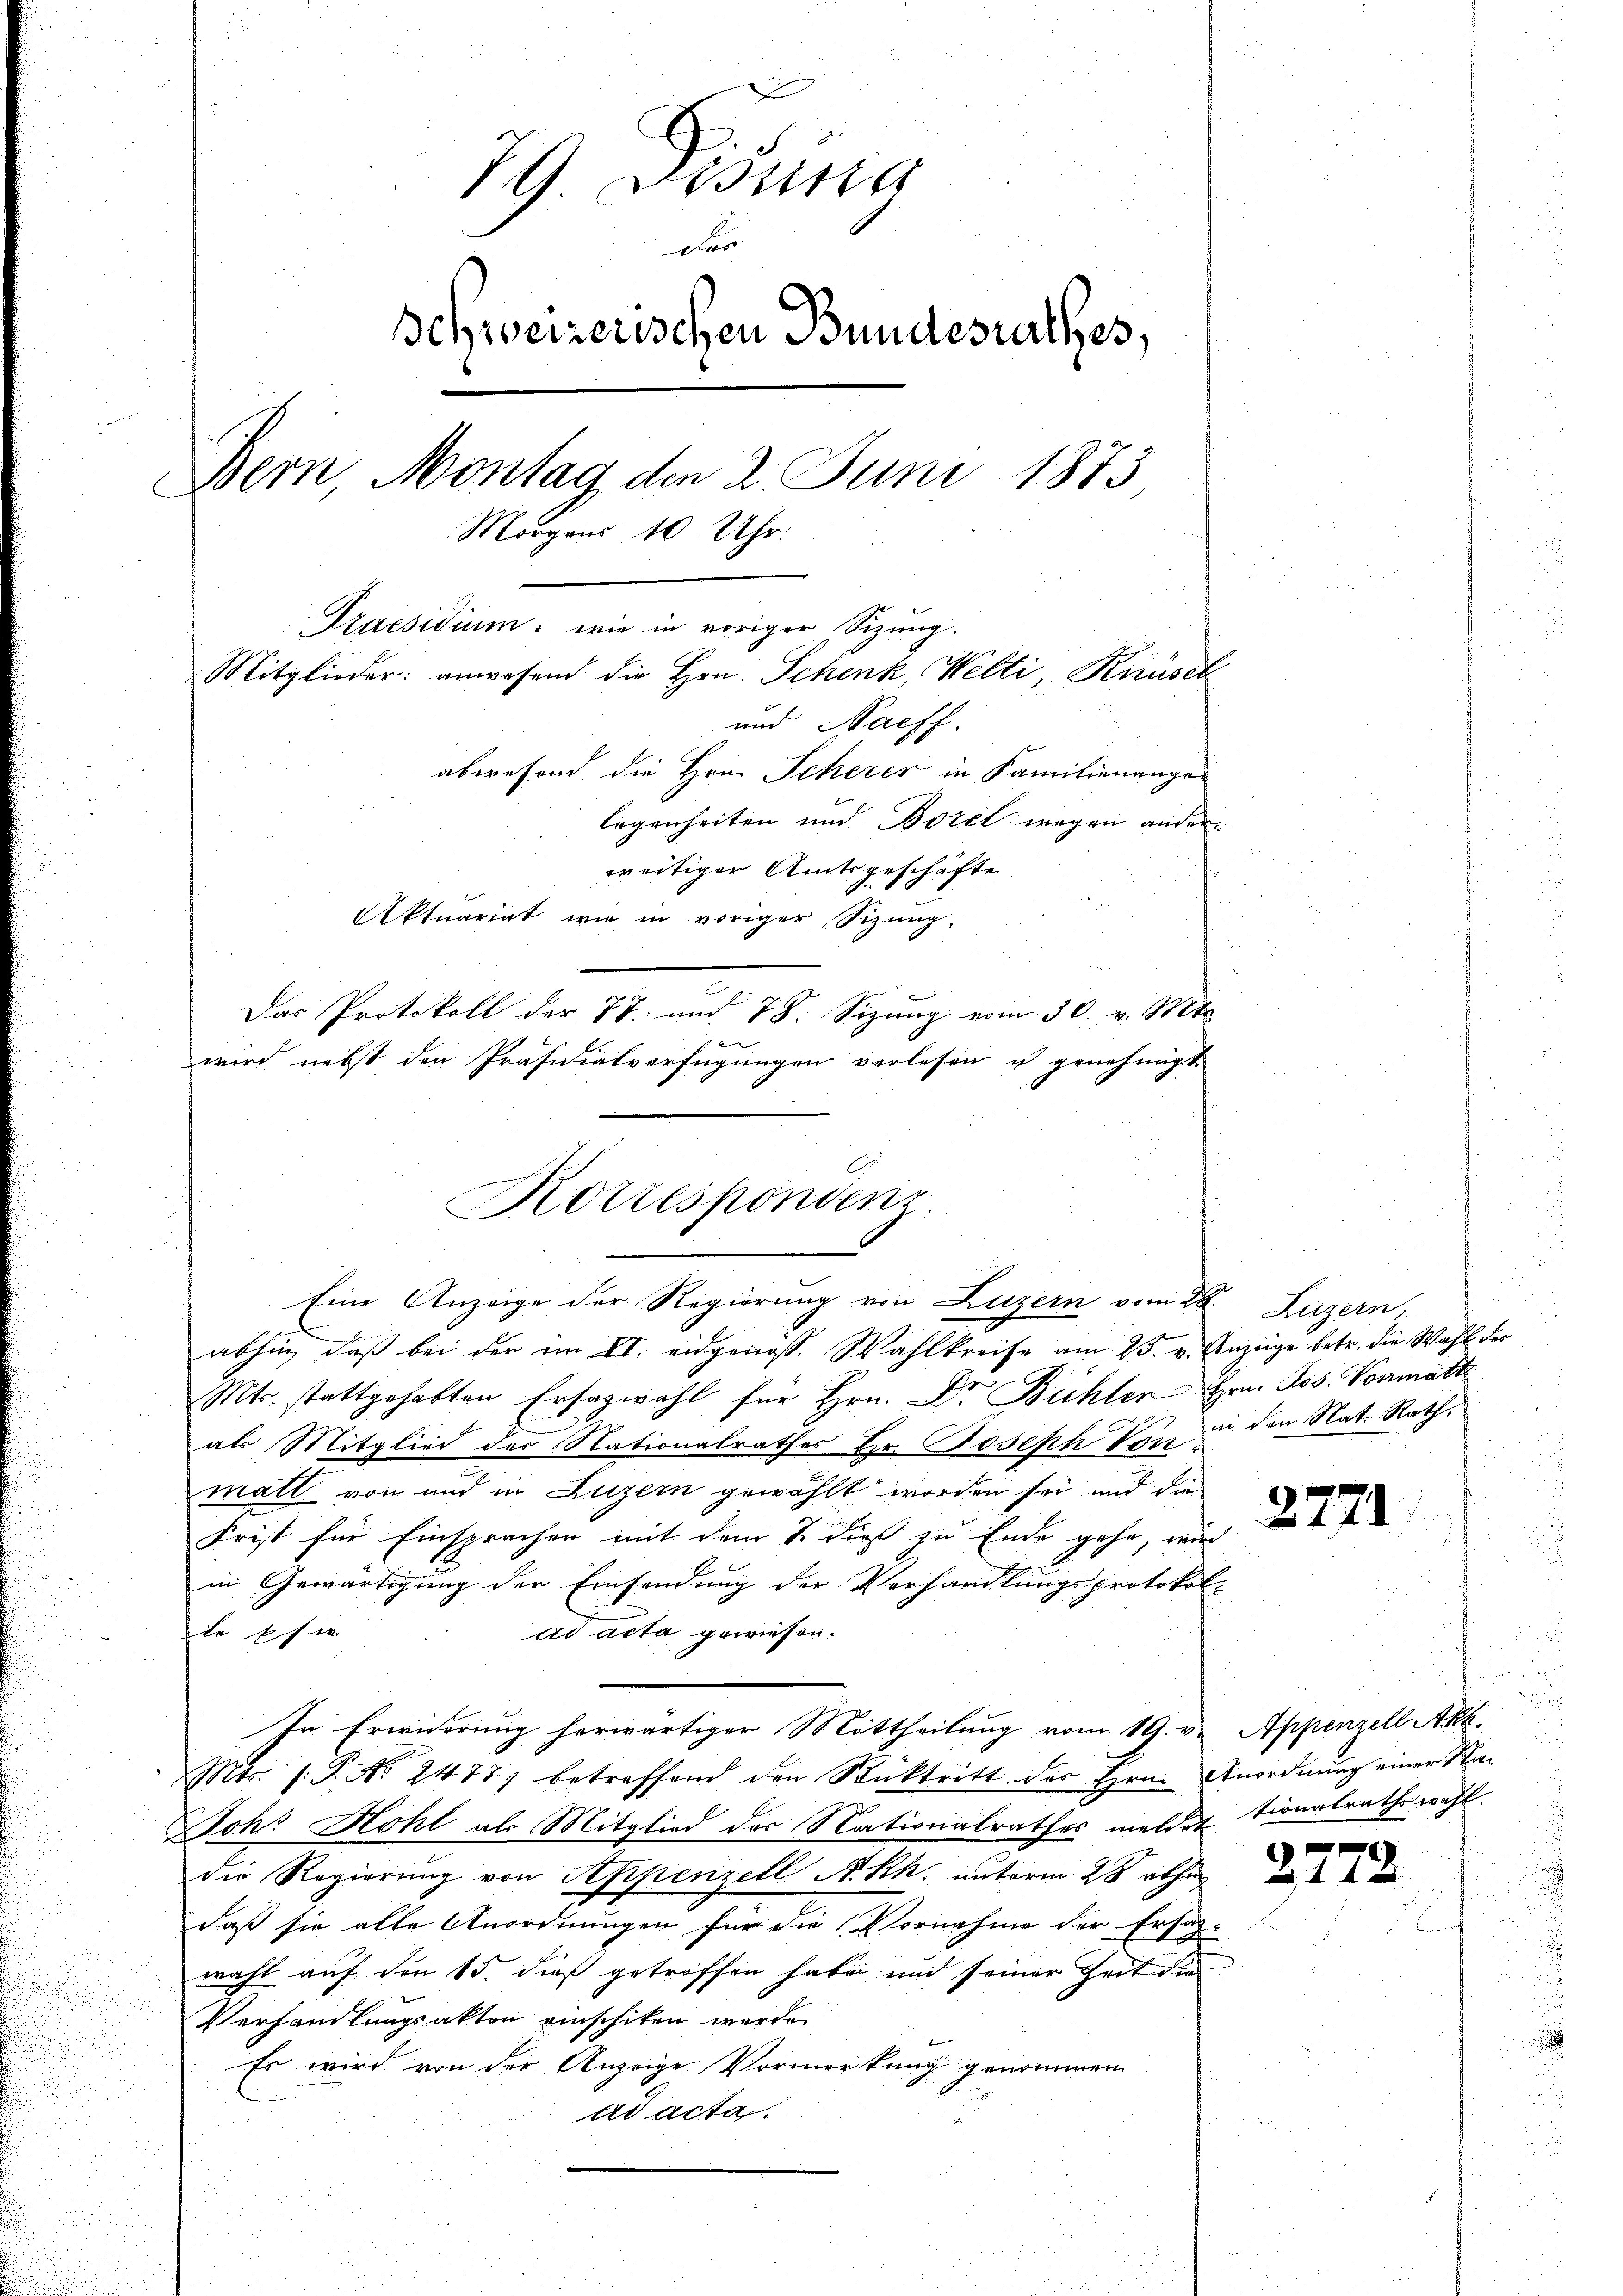
7 Bestit
o
schweizerischen Bundesrathes,
Bern, Montag den 2. Juni 1873
E
Morgens 10 Uhr.
Praesidium: wie in voriger Sizung.
Mitglieder: anwesend die Hrn. Schenk, Welti, Knüsel
und Nachf
abwesend die Hrn. Scherer in Familienangen
legenheiten und Borel wegen anderweitiger Amtsgeschäfte
Aktuariat wie in voriger Sizung.
Das Protokoll der 77. und 78. Sizŭng vom 30. v. Mts.
wird nebst den Präsidialverfügungen verlesen u genehmigt

Korrespondenz.
Eine Anzeige der Regierung von Luzern vom 28. Luzern,

.
abhin, daß bei der im II. eidgenöss. Wahlkreise am 23. v. Anzüge betr. die Wahl der
Mts. stattgehabten Ersazwahl für Hrn. Dr Bühlen Hrn. Jos. Vormatt
als Mitglied der Nationalrathes Hr. Joseph von in den Nat. Rathmall von und in Luzern gewählt worden sei und die
Frist für Einsprachen mit dem u dieß zu Ende gehe, wir
in Gewärtigung der Einsendung der Verhandlungsprotokol
ad acta gewiesen.
ie sie
In Erwiderung herwärtiger Mittheilung vom 19. v.
Mts. 1. P. No 2477) betreffend den Rücktritt des Hrn. Anordnung einer Sta¬
Sohr Hohl als Mitglied des Nationalrathes meldet tionalrathswahl.
die Regierung von Appenzell A.Rh. unterm 28. abhin
daß sie alle Anordnungen für die Vornahme der Ersatz-
wahl auf den 15. dieß getroffen habe und seiner Zeit die
Verhandlungsakten einschiken werde.
Es wird von der Anzeige Vormerkung genommen
ad acta.

2771

Appenzell Akt.

372